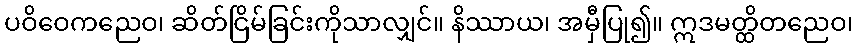
ပဝိဝေကညေဝ၊ ဆိတ်ငြိမ်ခြင်းကိုသာလျှင်။ နိဿာယ၊ အမှီပြု၍။ ဣဒမတ္ထိတညေဝ၊